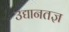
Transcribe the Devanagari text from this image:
उद्यानतज्ञ